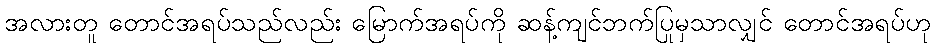
အလားတူ တောင်အရပ်သည်လည်း မြောက်အရပ်ကို ဆန့်ကျင်ဘက်ပြုမှသာလျှင် တောင်အရပ်ဟု